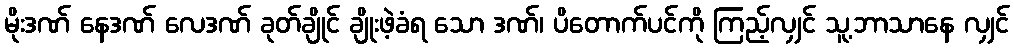
မိုးဒဏ် နေဒဏ် လေဒဏ် ခုတ်ချိုင် ချိုးဖဲ့ခံရ သော ဒဏ်၊ ပိတောက်ပင်ကို ကြည့်လျှင် သူ့ဘာသာနေ လျှင်